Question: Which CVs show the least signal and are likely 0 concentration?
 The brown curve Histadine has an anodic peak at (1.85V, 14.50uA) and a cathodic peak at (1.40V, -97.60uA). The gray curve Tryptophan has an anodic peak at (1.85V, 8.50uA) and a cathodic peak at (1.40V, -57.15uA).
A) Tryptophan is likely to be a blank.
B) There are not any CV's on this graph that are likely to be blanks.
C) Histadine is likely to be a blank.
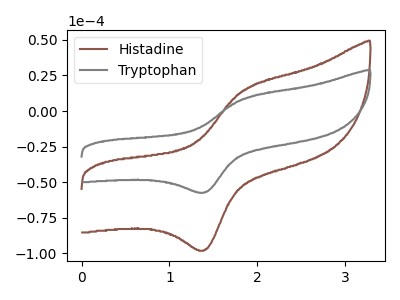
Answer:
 <answer>B) There are not any CV's on this graph that are likely to be blanks.</answer>
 <eval>B</eval>